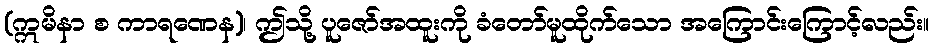
(ဣမိနာ စ ကာရဏေန)၊ ဤသို့ ပူဇော်အထူးကို ခံတော်မူထိုက်သော အကြောင်းကြောင့်လည်း။